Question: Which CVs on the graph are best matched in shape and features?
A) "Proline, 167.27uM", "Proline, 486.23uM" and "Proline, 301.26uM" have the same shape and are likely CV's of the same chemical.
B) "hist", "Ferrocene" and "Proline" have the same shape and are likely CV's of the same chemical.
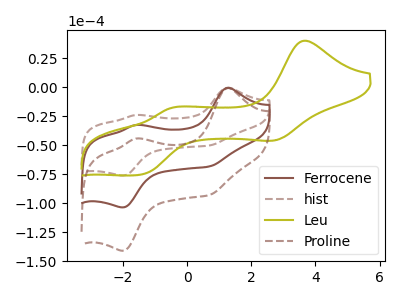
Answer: <think>The brown curve "Ferrocene" has anodic peaks at (1.25V, -0.40uA) (-1.60V, -32.45uA) and cathodic peaks at (0.70V, -68.25uA) (-2.00V, -103.55uA). The brown dashed curve "hist" has anodic peaks at (1.25V, -0.30uA) (-1.60V, -23.85uA) and cathodic peaks at (0.70V, -50.15uA) (-2.00V, -76.05uA). The olive curve "Leu" has anodic peaks at (3.65V, 40.35uA) (-0.50V, -18.00uA) and cathodic peaks at (2.75V, -45.35uA) (-1.45V, -75.35uA). The brown dashed curve "Proline" has anodic peaks at (1.25V, -0.75uA) (-1.60V, -64.90uA) and cathodic peaks at (0.70V, -136.50uA) (-2.00V, -207.10uA).
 All the peaks in "Ferrocene" have a peak in "hist" at the same potential. "Ferrocene" and "Leu" have at least one peak that do not match. All the peaks in "Ferrocene" have a peak in "Proline" at the same potential. "hist" and "Leu" have at least one peak that do not match. All the peaks in "hist" have a peak in "Proline" at the same potential. "Leu" and "Proline" have at least one peak that do not match.</think>
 <answer>B) "hist", "Ferrocene" and "Proline" have the same shape and are likely CV's of the same chemical.</answer>
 <eval>B</eval>